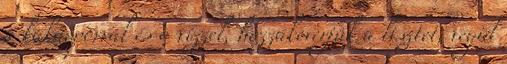
a kakaóporral és a vízzel, hozzákeverjük a lisztet, végül